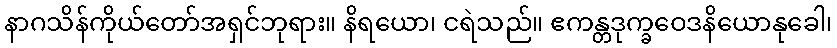
နာဂသိန်ကိုယ်တော်အရှင်ဘုရား။ နိရယော၊ ငရဲသည်။ ဧကန္တဒုက္ခဝေဒနိယောနုခေါ၊